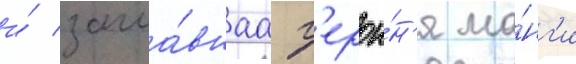
и́ загла́внаа г'ерои́н'я ма́нг'и